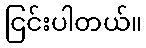
ငြင်းပါတယ်။